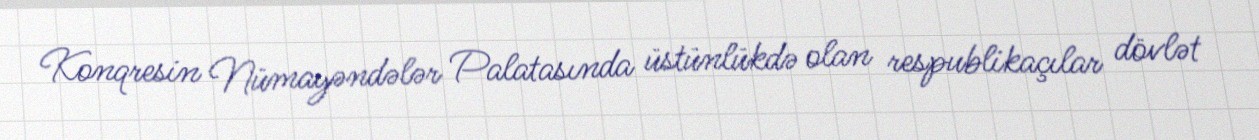
Konqresin Nümayəndələr Palatasında üstünlükdə olan respublikaçılar dövlət